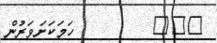
١٣٤         ހަމަކަށަވަރުން